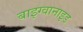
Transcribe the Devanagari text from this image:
बाइग्वानाइड